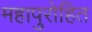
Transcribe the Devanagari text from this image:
महापुरोहित